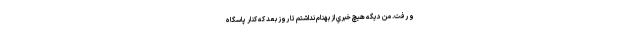
و رفت. من ديگه هيچ خبري از بهنام نداشتم تا روز بعد كه كنار پاسگاه